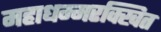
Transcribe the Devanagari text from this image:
महाधम्मरक्खित